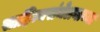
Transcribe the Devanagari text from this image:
साहित्यसंमेलनाच्या